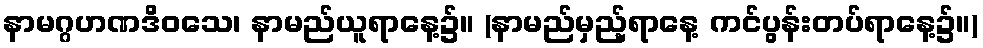
နာမဂ္ဂဟဏဒိဝသေ၊ နာမည်ယူရာနေ့၌။ (နာမည်မှည့်ရာနေ့ ကင်ပွန်းတပ်ရာနေ့၌။)